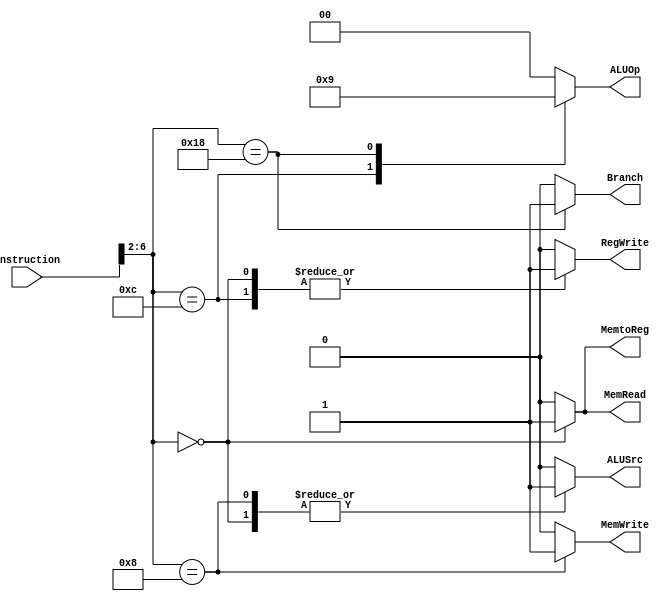
module ControlUnit(input [31:0] Instruction, output reg Branch, output reg MemRead, output reg MemtoReg, output reg [1:0] ALUOp, output reg MemWrite, output reg ALUSrc, output reg RegWrite);
    always @(*) begin 
        case(Instruction[6:2])          
            5'b01100:begin//R-format
                Branch=0;
                MemRead=0; 
                MemtoReg =0;
                ALUOp=2'b10;
                MemWrite=0 ;
                ALUSrc=0 ;
                RegWrite=1 ;
            end   
            5'b00000:begin//LW
                Branch=0;
                MemRead=1; 
                MemtoReg =1;
                ALUOp=2'b00;
                MemWrite=0 ;
                ALUSrc=1 ;
                RegWrite=1 ;
            end 
            5'b01000:begin//SW 
                Branch=0;
                MemRead=0; 
                MemtoReg =0;
                ALUOp=2'b00;
                MemWrite=1 ;
                ALUSrc=1 ;
                RegWrite=0 ;
            end  
            5'b11000:begin//BEQ
                Branch=1;
                MemRead=0; 
                MemtoReg =0;
                ALUOp=2'b01;
                MemWrite=0 ;
                ALUSrc=0 ;
                RegWrite=0 ;
            end 
            default:begin
                Branch=0;
                MemRead=0; 
                MemtoReg =0;
                ALUOp=2'b00;
                MemWrite=0 ;
                ALUSrc=0 ;
                RegWrite=0 ;
            end
        endcase 
    end
endmodule